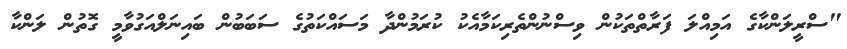
"ސްރީލަންކާގެ އަމިއްލަ ފަރާތްތަކުން ވިސްނުންތެރިކަމާއެކު ކުރަމުންދާ މަސައްކަތުގެ ސަބަބުން ބައިނަލްއަގުވާމީ ގޮތުން ލަންކާ